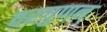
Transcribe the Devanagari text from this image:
वरगुणन्